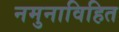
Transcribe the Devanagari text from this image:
नमुनाविहित